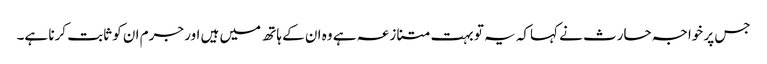
جس پر خواجہ حارث نے کہاکہ یہ تو بہت متنازعہ ہے وہ ان کے ہاتھ میں ہیں اور جرم ان کو ثابت کرنا ہے۔